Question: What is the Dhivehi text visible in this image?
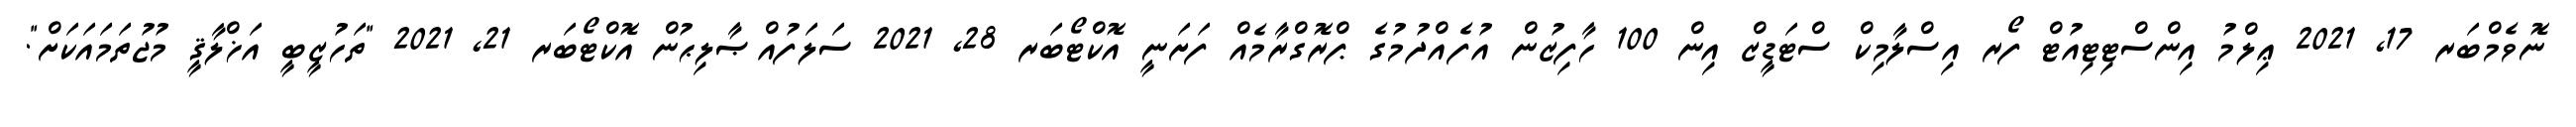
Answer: ނޮވެމްބަރ 17, 2021 ޢިލްމު އިންސްޓިޓިއުޓް ފޯރ އިސްލާމިކް ސްޓަޑީޒް އިން 100 ހާފިޒުން އުފެއްދުމުގެ ޕްރޮގްރާމެއް ފަށަނީ އޮކްޓޯބަރ 28, 2021 ސަލަފުއްޞާލިޙުން އޮކްޓޯބަރ 21, 2021 "ތަހުޒީބީ އަޚްލާޤީ މުޖުތަމައަކަށް".